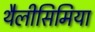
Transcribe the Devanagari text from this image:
थैलीसिमिया